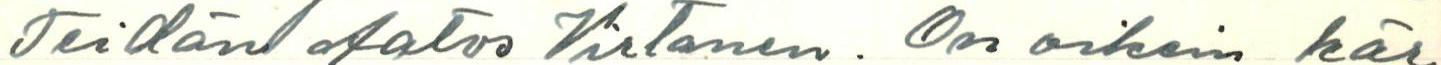
Teidän Aatos Virtanen. On oikein kär